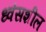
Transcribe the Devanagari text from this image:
ध्वंसशील